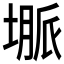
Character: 𱗦